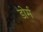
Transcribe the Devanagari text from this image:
डोर्म